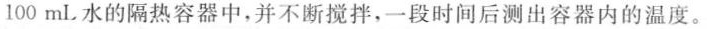
100mL水的隔热容器中，并不断搅拌，一段时间后测出容器内的温度。